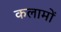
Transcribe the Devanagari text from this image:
कलामों